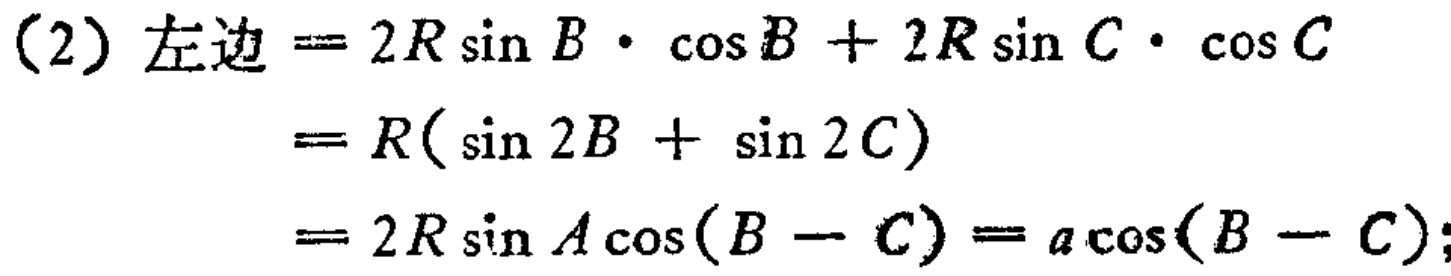
（2）左边$= 2R\sin B\cdot\cos B + 2R\sin C\cdot\cos C$
$= R(\sin 2B + \sin 2C)$
$= 2R\sin A\cos(B - C)= a\cos(B - C);$